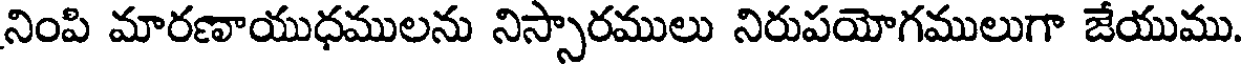
నింపి మారణాయుధములను నిస్సారములు నిరుపయోగములుగా జేయుము